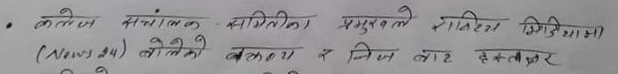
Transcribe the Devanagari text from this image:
कलेज सचांलक समितीका प्रमुखले राष्टिय मिडियामा
(News 24) बोलेको बक्तव्य र निज बार हस्ताक्षर